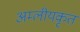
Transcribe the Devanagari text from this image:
अम्लीयकृत